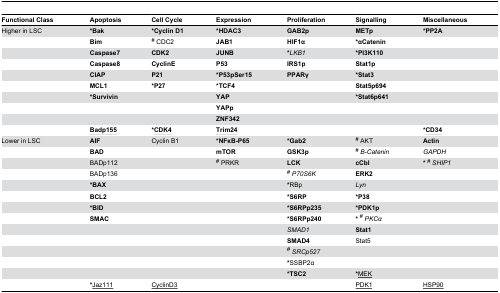
<table><thead><tr><td><b>Functional Class</b></td><td><b>Apoptosis</b></td><td><b>Cell Cycle</b></td><td><b>Expression</b></td><td><b>Proliferation</b></td><td><b>Signalling</b></td><td><b>Miscellaneous</b></td></tr></thead><tbody><tr><td>Higher in LSC</td><td><b>*Bak</b></td><td><b>*Cyclin D1</b></td><td><b>*HDAC3</b></td><td><b>GAB2p</b></td><td><b>METp</b></td><td><b>*PP2A</b></td></tr><tr><td></td><td><b>Bim</b></td><td><sup>#</sup> CDC2</td><td><b>JAB1</b></td><td><b>HIF1α</b></td><td><b>*αCatenin</b></td><td></td></tr><tr><td></td><td><b>Caspase7</b></td><td><b>CDK2</b></td><td><b>JUNB</b></td><td><b>*</b><i>LKB1</i></td><td><b>*PI3K110</b></td><td></td></tr><tr><td></td><td><b>Caspase8</b></td><td><b>CyclinE</b></td><td><b>P53</b></td><td><b>IRS1p</b></td><td><b>Stat1p</b></td><td></td></tr><tr><td></td><td><b>CIAP</b></td><td><b>P21</b></td><td><b>*P53pSer15</b></td><td><b>PPARγ</b></td><td><b>*Stat3</b></td><td></td></tr><tr><td></td><td><b>MCL1</b></td><td><b>*P27</b></td><td><b>*TCF4</b></td><td></td><td><b>Stat5p694</b></td><td></td></tr><tr><td></td><td><b>*Survivin</b></td><td></td><td><b>YAP</b></td><td></td><td><b>*Stat6p641</b></td><td></td></tr><tr><td></td><td></td><td></td><td><b>YAPp</b></td><td></td><td></td><td></td></tr><tr><td></td><td></td><td></td><td><b>ZNF342</b></td><td></td><td></td><td></td></tr><tr><td></td><td><b><underline>Badp155</underline></b></td><td><b>*<underline>CDK4</underline></b></td><td><b><underline>Trim24</underline></b></td><td></td><td></td><td><b>*<underline>CD34</underline></b></td></tr><tr><td>Lower in LSC</td><td><b>AIF</b></td><td>Cyclin B1</td><td><b>*NFκB-P65</b></td><td><b>*Gab2</b></td><td><sup>#</sup> AKT</td><td><b>Actin</b></td></tr><tr><td></td><td><b>BAD</b></td><td></td><td><b>mTOR</b></td><td><b>GSK3p</b></td><td><sup>#</sup><i> Β-Catenin</i></td><td><i>GAPDH</i></td></tr><tr><td></td><td>BADp112</td><td></td><td><sup>#</sup> PRKR</td><td><b>LCK</b></td><td><b>cCbl</b></td><td><b>*</b><sup>#</sup><i>SHIP1</i></td></tr><tr><td></td><td>BADp136</td><td></td><td></td><td><sup>#</sup><i>P70S6K</i></td><td><b>ERK2</b></td><td></td></tr><tr><td></td><td><b>*BAX</b></td><td></td><td></td><td><b>*</b>RBp</td><td><i>Lyn</i></td><td></td></tr><tr><td></td><td><b>BCL2</b></td><td></td><td></td><td><b>*S6RP</b></td><td><b>*P38</b></td><td></td></tr><tr><td></td><td><b>*BID</b></td><td></td><td></td><td><b>*S6RPp235</b></td><td><b>*PDK1p</b></td><td></td></tr><tr><td></td><td><b>SMAC</b></td><td></td><td></td><td><b>*S6RPp240</b></td><td><b>*</b><sup>#</sup><i>PKCα</i></td><td></td></tr><tr><td></td><td></td><td></td><td></td><td><i>SMAD1</i></td><td><b>Stat1</b></td><td></td></tr><tr><td></td><td></td><td></td><td></td><td><b>SMAD4</b></td><td>Stat5</td><td></td></tr><tr><td></td><td></td><td></td><td></td><td><sup>#</sup><i>SRCp527</i></td><td></td><td></td></tr><tr><td></td><td></td><td></td><td></td><td><b>*</b>SSBP2α</td><td></td><td></td></tr><tr><td></td><td></td><td></td><td></td><td><b>*TSC2</b></td><td><b>*</b><underline>MEK</underline></td><td></td></tr><tr><td></td><td><b>*</b><underline>Jaz111</underline></td><td><underline>CyclinD3</underline></td><td></td><td></td><td><underline>PDK1</underline></td><td><underline>HSP90</underline></td></tr></tbody></table>